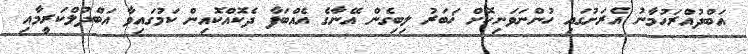
އަބްދުއްރަހުމާނު އެރަށުގައި ހުންނަވަނިކޮށް ޚަބަރު ލިބިގެން އޭނާގެ އެއްބަފާ ދެކޮއްކޮއިން ކަމުގައިވާ އަބްދުލްކަރީމާއި